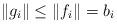
LaTeX: \begin{align*}\|g_i\|\le \|f_i\| = b_i\end{align*}